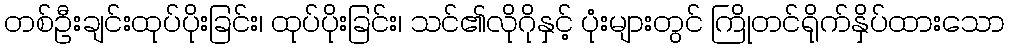
တစ်ဦးချင်းထုပ်ပိုးခြင်း၊ ထုပ်ပိုးခြင်း၊ သင်၏လိုဂိုနှင့် ပုံးများတွင် ကြိုတင်ရိုက်နှိပ်ထားသော